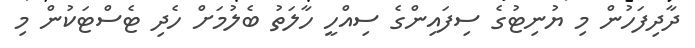
ދާދިފަހުން މި ޔުނިޓުގެ ސިފައިންގެ ސިއްހީ ހާލަތު ބެލުމަށް ހެދި ޓެސްޓަކުން މި